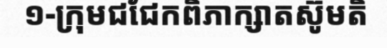
១-ក្រុមជជែកពិភាក្សាតស៊ូមតិ